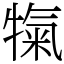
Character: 犔